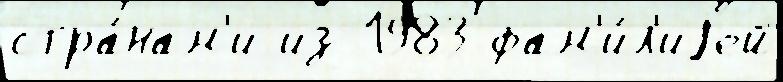
стра́нам'и из 1983 фам'и́л'иjей